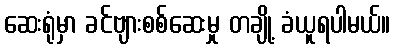
ဆေးရုံမှာ ခင်ဗျားစစ်ဆေးမှု တချို့ ခံယူရပါမယ်။